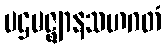
ပဌမဇ္ဈာနသဟဂတံ